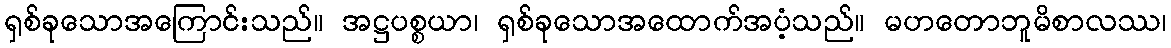
ရှစ်ခုသောအကြောင်းသည်။ အဋ္ဌပစ္စယာ၊ ရှစ်ခုသောအထောက်အပံ့သည်။ မဟတောဘူမိစာလဿ၊